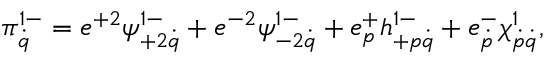
\pi _ { \dot { q } } ^ { 1 - } = e ^ { + 2 } \psi _ { + 2 \dot { q } } ^ { 1 - } + e ^ { - 2 } \psi _ { - 2 \dot { q } } ^ { 1 - } + e _ { p } ^ { + } h _ { + p \dot { q } } ^ { 1 - } + e _ { \dot { p } } ^ { - } \chi _ { \dot { p } \dot { q } } ^ { 1 } ,